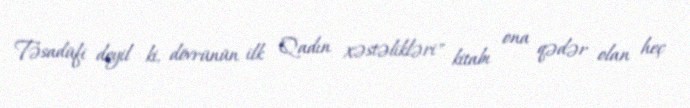
Təsadüfi deyil ki, dövrünün ilk "Qadın xəstəlikləri" kitabı ona qədər olan heç